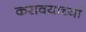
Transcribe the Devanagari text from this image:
करावयाच्यां